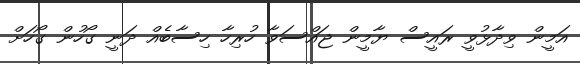
އަމީން ވިދާޅުވީ ރައީސް ޔާމީން ޖައްސަވާ ހުރިހާ ހިސާބެއް ދަނީ ގޯހުން ގޯހަށް